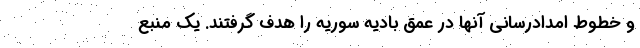
و خطوط امدادرسانی آنها در عمق بادیه سوریه را هدف گرفتند. یک منبع